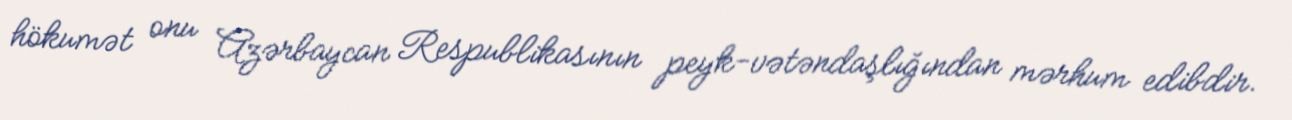
hökumət onu Azərbaycan Respublikasının peyk-vətəndaşlığından mərhum edibdir.